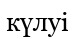
күлуі